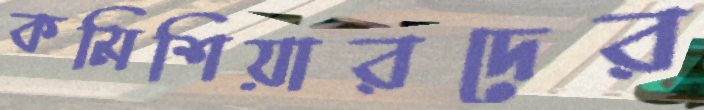
কমিশিয়ারদের